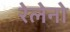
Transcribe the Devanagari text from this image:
रेलेनो